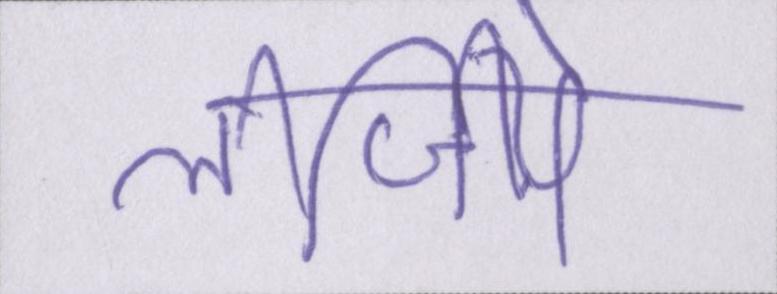
लीजिये